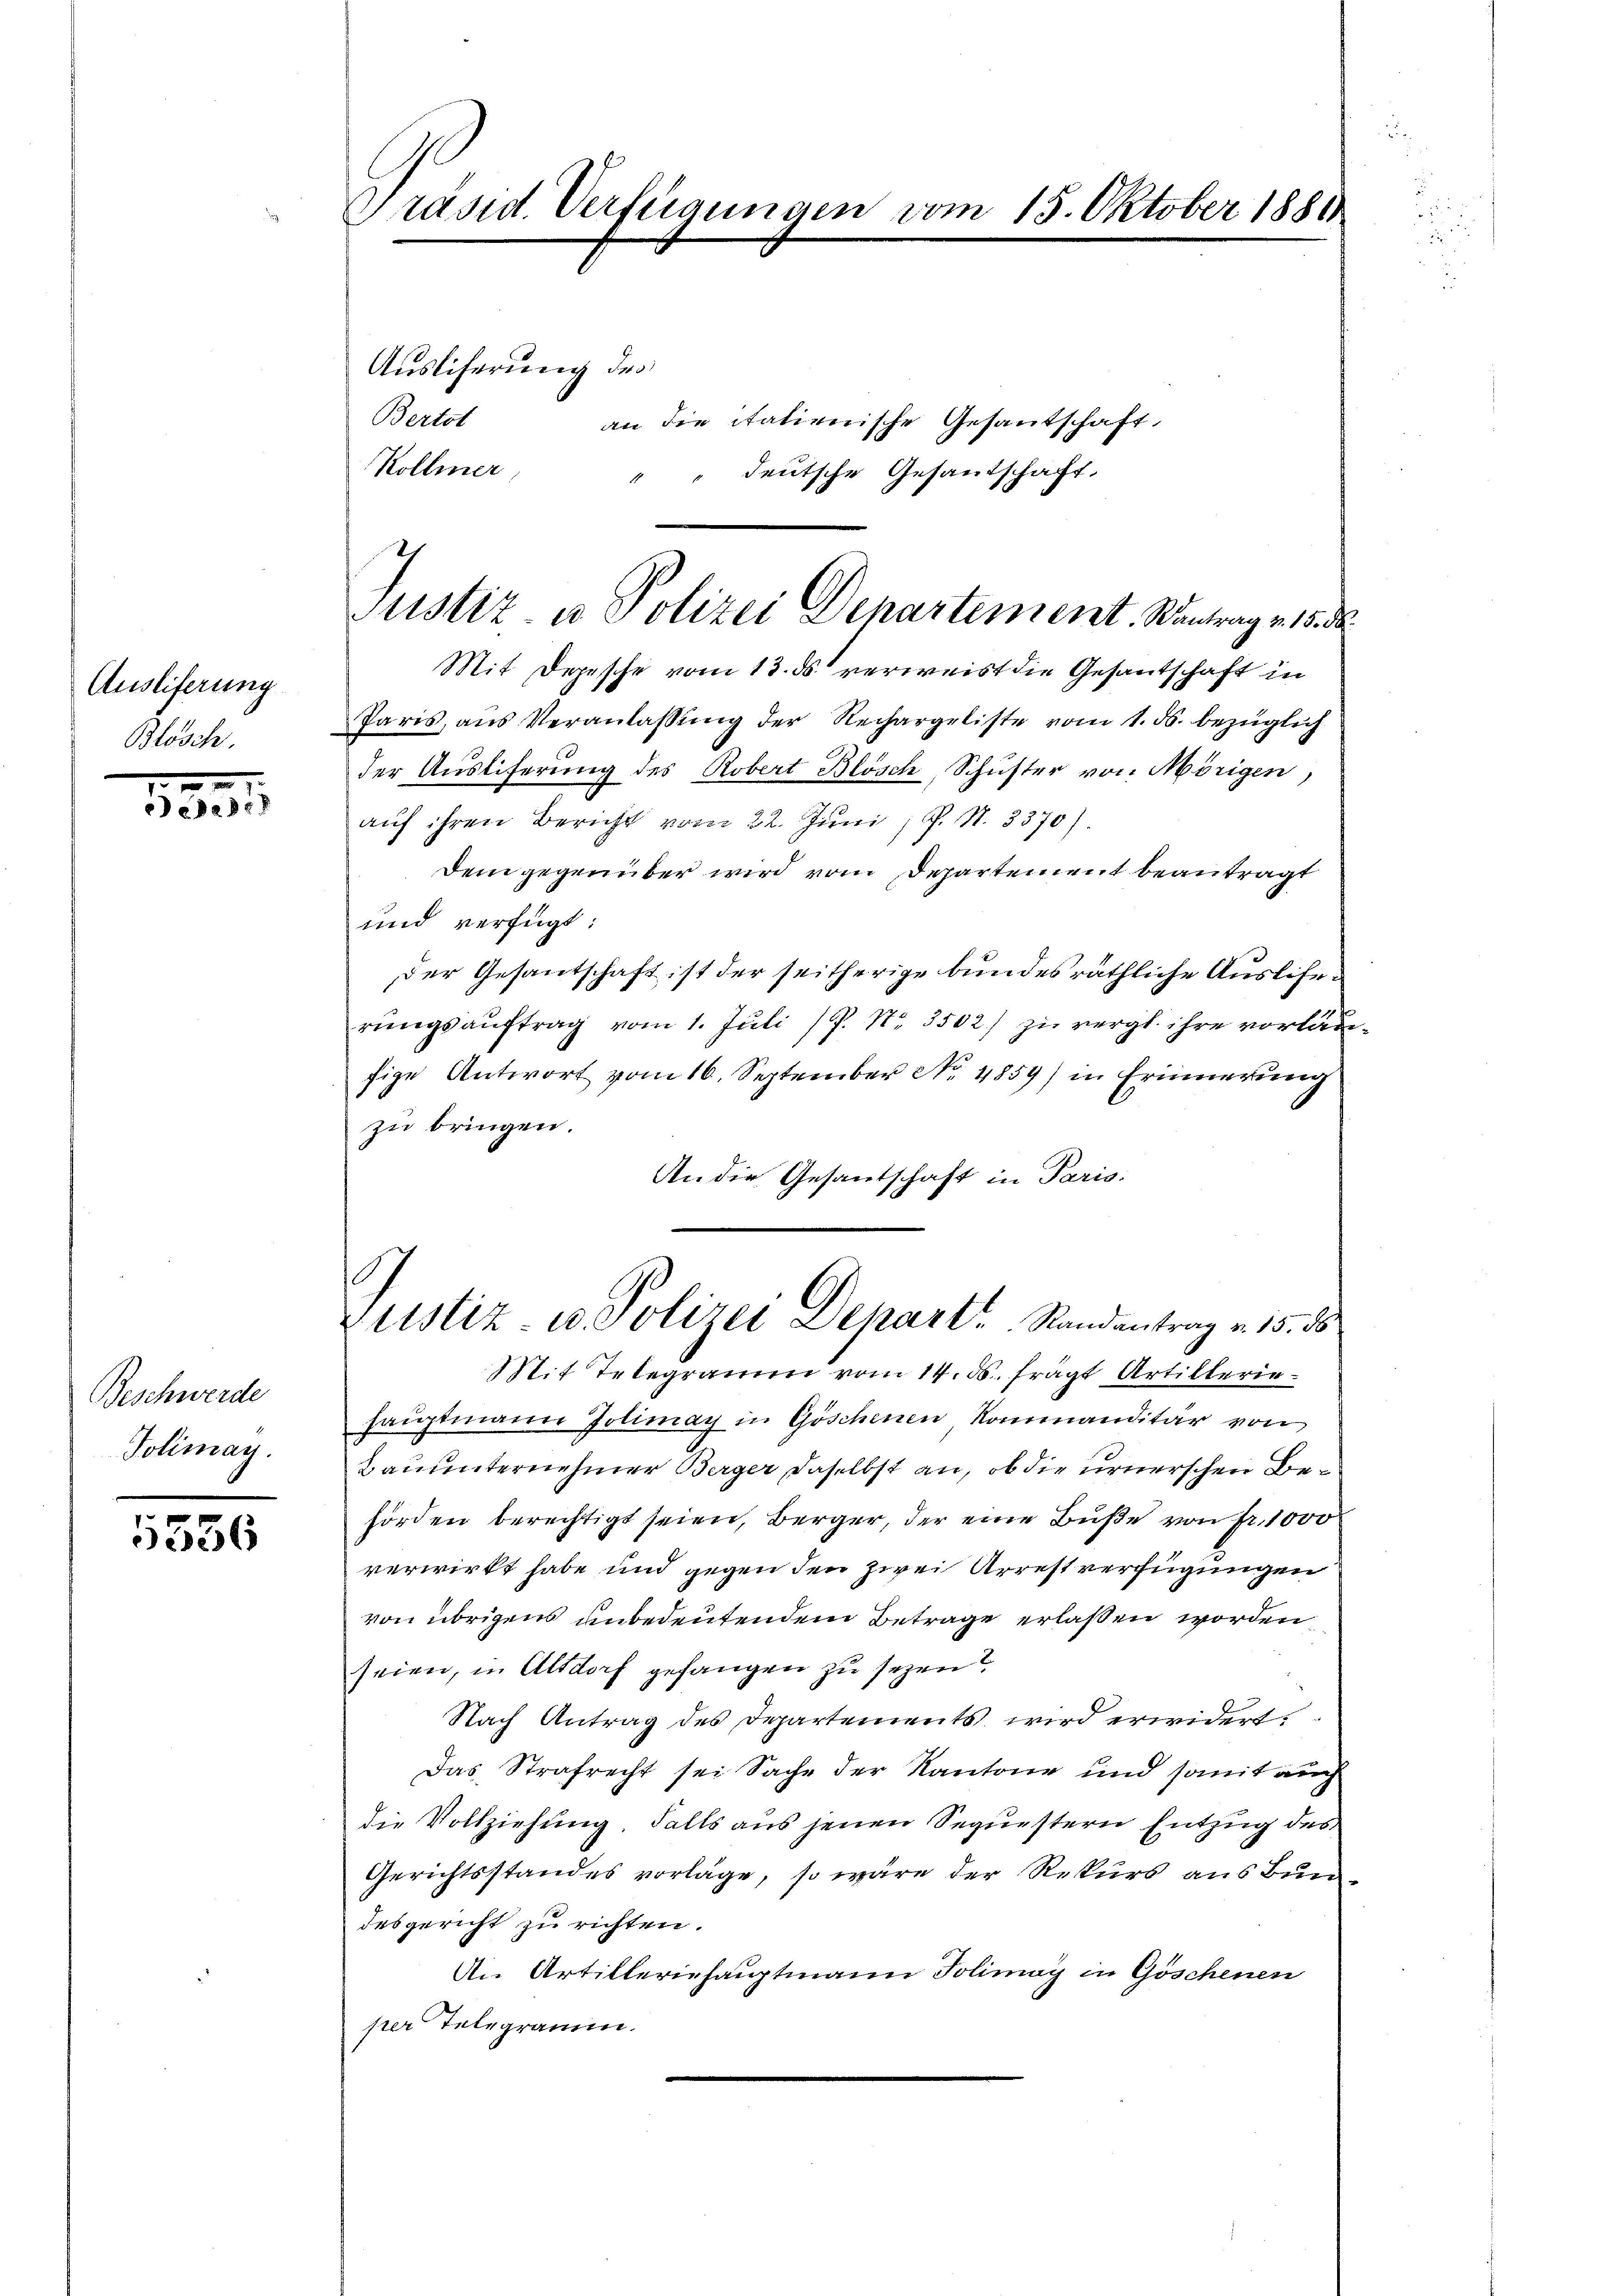
Ausliferung
Blösch.

1
eede de

Beschwerde
Jolimay.

5556

Präsid. Verfügungen vom 15. Oktober 1881

Ausliferung des
Bertst
an die italienische Gesantschaft.
Kollier
deutsche Gesantschaft.
1

Mit Depesche vom 13. ds. verweist die Gesantschaft in
Paris, ans Veranlaβŭng der Rechargeliste vom 1. ds. bezüglich
der Auslieferung des Robert Blösch, Schuster von Mörigen,
aŭf ihren Bericht vom 22. Juni, P. Nr. 3370).
Dem gegenüber wird vom Departement beantragt
und verfügt:
der Gesantschaft ist der seitherige bundesräthliche Auslierungsauftrag vom 1. Juli (P. Nr. 3502) zu vergl. ihre vorläufige Antwort vom 16. September No. 4859) in Erinnerung
zu bringen.
An die Gesantschaft in Paris.
Mit Telegramm vom 14. ds. frägt Artilleriehaŭptmann Jolimay in Göschenen Kommanditar von
Bauunternehmer Berger, daselbst an, ob die urnerschen Behörden berechtigt seien, Berger, der eine Buße von fr. 1000
verwirkt habe und gegen den zwei Arrest verfügungen
von übrigens unbedeutendem Betrage erlassen worden
seien, in Altdorf gefangen zu sezen?
Nach Antrag des Departements wird erwidert.
Das Strafrecht sei Sache der Kantone und somit auch
die Vollziehung, Falls aus jenen Sequestern Entzug des
Gerichtsstandes vorlage, so wäre der Rekurs aus Bundesgericht zu richten.
An Artilleriehauptmann Jolimay in Göschenen
per Telegramm.

Justiz u Polizei Departement. Kantrag v. 18. d.

.
Justiz u. Polizei Depart. Randantrag v. 15. ds